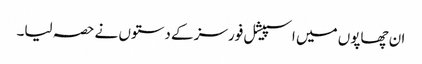
ان چھاپوں میں اسپیشل فورسز کے دستوں نے حصہ لیا۔